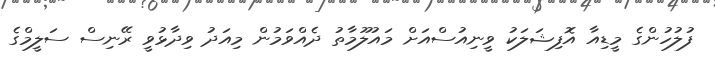
ފުލުހުންގެ މީޑިއާ އޮފިޝަލަކު ވީނިއުސްއަށް މައުލޫމާތު ދެއްވަމުން މިއަދު ވިދާޅުވީ ރޭނިސް ސަލީމްގެ